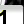
Digit: 1